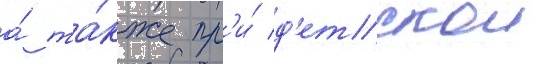
а́ та́кже пр'и́ д'етскои